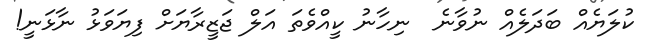
ކުލަޔެއް ބަދަލެއް ނުވާނެ  ނިހާނު ކީއްވެތަ އަލް ޖަޒީރާޔަށް ފިޔަވަޅު ނާޅަނީ!